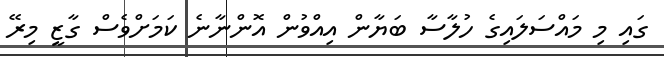
ގައި މި މައްސަލައިގެ ހުލާސާ ބަޔާން އިއްވުން އޮންނާނެ ކަމަށްވެސް ގާޒީ މިރޭ